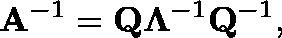
\mathbf { A } ^ { - 1 } = \mathbf { Q } \mathbf { \Lambda } ^ { - 1 } \mathbf { Q } ^ { - 1 } ,